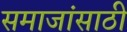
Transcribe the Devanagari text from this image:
समाजांसाठी